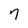
Character: 7